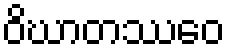
ဝိဃာတဿေဝ